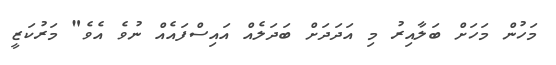
މަހުން މަހަށް ބަލާއިރު މި އަދަދަށް ބަދަލެއް އައިސްފައެއް ނުވެ އެވެ" މަރުކަޒީ